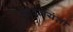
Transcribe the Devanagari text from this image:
नलदमयंती